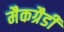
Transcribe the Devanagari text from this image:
मैकग्रैडी